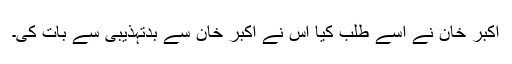
اکبر خان نے اسے طلب کیا اس نے اکبر خان سے بدتہذیبی سے بات کی۔